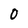
Character: 0